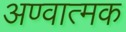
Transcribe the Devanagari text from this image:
अण्वात्मक